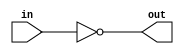
`timescale 1ns/1ns

module top_module(
  input in,
	output out 
);
assign out=~in;
endmodule